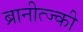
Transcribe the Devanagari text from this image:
ब्रानीत्ज्की